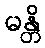
မန္တိ